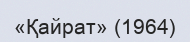
«Қайрат» (1964)